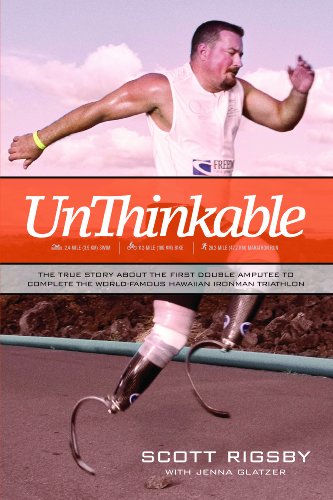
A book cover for Unthinkable; Scott Rigsby; Health, Fitness & Dieting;